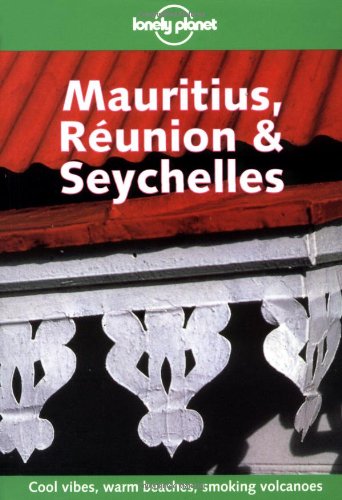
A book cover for Lonely Planet Mauritius, Reunion & Seychelles; Joe Bindloss; Travel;